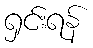
ရှင်းရန်